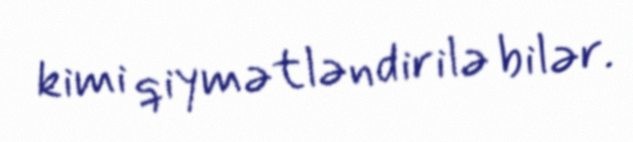
kimi qiymətləndirilə bilər.